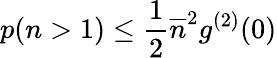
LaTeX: p(n>1)\leq\frac{1}{2}\overline{{n}}^{2}g^{(2)}(0)